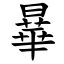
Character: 曅